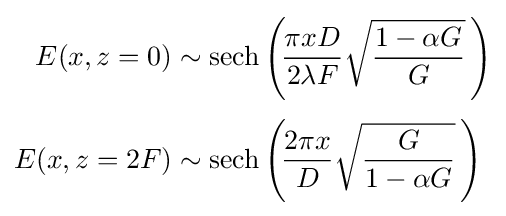
{\begin{aligned}E(x,z=0)&\sim \operatorname {sech} \left(\!{\frac {\pi xD}{2\lambda F}}{\sqrt {\frac {1-\alpha G}{G}}}\,\right)\\[3pt]E(x,z=2F)&\sim \operatorname {sech} \left(\!{\frac {2\pi x}{D}}{\sqrt {\frac {G}{1-\alpha G}}}\,\right)\end{aligned}}